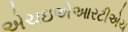
એચઇએઆરટીએચ